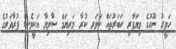
ހަވީރު ނޫހުގެ ވިޔަފާރި ހަބަރުތައް ކަވަރ ކުރާ މަރިޔަމް ސާލިޔާ އަކީވެސް ފުރާވަރުގެ